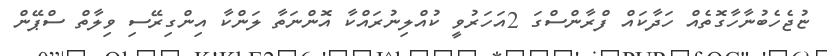
ޏުޖެހެބުނާހާގޮތެއް ހަދާކައް ފްރާންސްގަ 2އަހަރުވީ ކުއްލިނުރައްކާ އޮންނަތާ ލަންކާ އިންގިރޭސި ވިލާތް ސްޕޭން